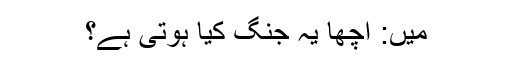
میں: اچھا یہ جنگ کیا ہوتی ہے؟